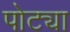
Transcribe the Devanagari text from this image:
पोट्या